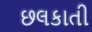
છલકાતી